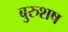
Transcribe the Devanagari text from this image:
बुरुशष